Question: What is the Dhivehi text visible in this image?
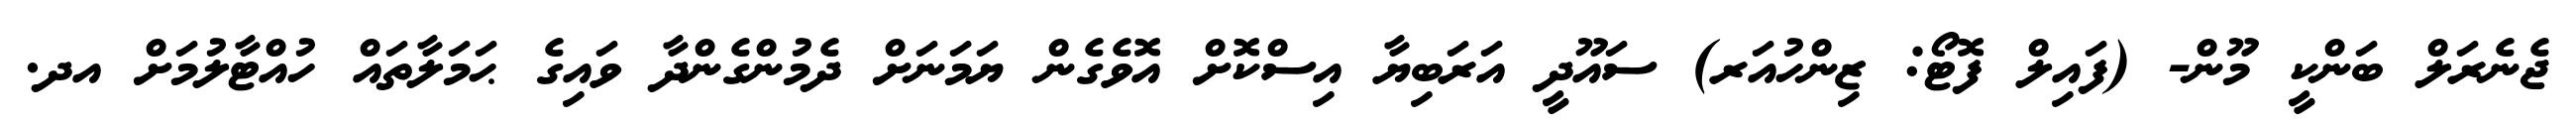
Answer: ޖެނެރަލް ބަންކީ މޫން- (ފައިލް ފޮޓޯ: ޒިންހުއަރ) ސައޫދީ އަރަބިޔާ އިސްކޮށް އޮވެގެން ޔަމަނަށް ދެމުންގެންދާ ވައިގެ ޙަމަލާތައް ހުއްޓާލުމަށް އދ.